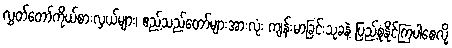
လွှတ်တော်ကိုယ်စားလှယ်များ၊ ဧည့်သည်တော်များအားလုံး ကျန်းမာခြင်းသုခနဲ့ ပြည့်စုံနိုင်ကြပါစေလို့